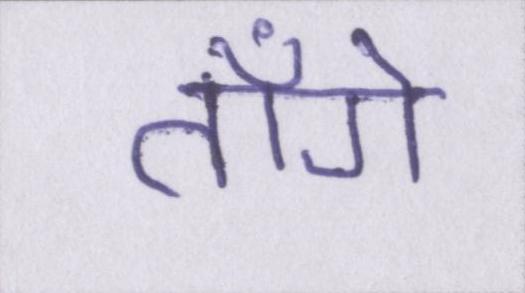
ताँगे